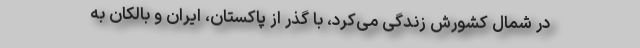
در شمال کشورش زندگی می‌کرد، با گذر از پاکستان، ایران و بالکان به